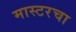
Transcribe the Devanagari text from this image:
मास्टरचा